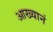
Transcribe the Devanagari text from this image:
आख्यानं